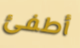
أطفئ